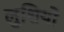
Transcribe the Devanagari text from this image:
लुशियो